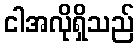
ငါအလိုရှိသည်